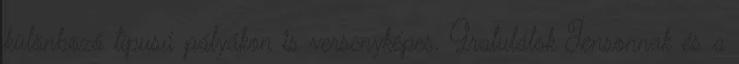
különböző típusú pályákon is versenyképes. Gratulálok Jensonnak és a